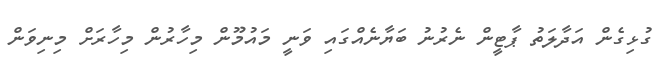
ގުޅިގެން އަދާލަތު ޕާޓީން ނެރުނު ބަޔާނެއްގައި ވަނީ މައުމޫން މިހާރުން މިހާރަށް މިނިވަން